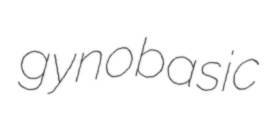
gynobasic